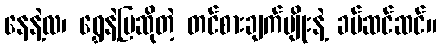
နေနဲ့လ၊ ရွှေနဲ့မြဆိုတဲ့ တင်စားချက်မျိုးနဲ့ ခပ်ဆင်ဆင်။